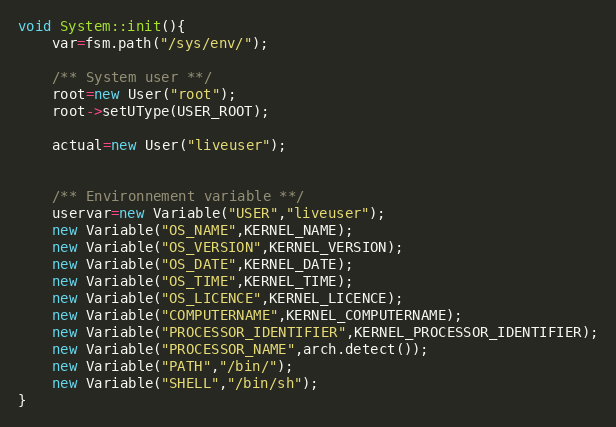
Language: C++
void System::init(){
	var=fsm.path("/sys/env/");

	/** System user **/
	root=new User("root");
	root->setUType(USER_ROOT);

	actual=new User("liveuser");

	/** Environnement variable **/
	uservar=new Variable("USER","liveuser");
	new Variable("OS_NAME",KERNEL_NAME);
	new Variable("OS_VERSION",KERNEL_VERSION);
	new Variable("OS_DATE",KERNEL_DATE);
	new Variable("OS_TIME",KERNEL_TIME);
	new Variable("OS_LICENCE",KERNEL_LICENCE);
	new Variable("COMPUTERNAME",KERNEL_COMPUTERNAME);
	new Variable("PROCESSOR_IDENTIFIER",KERNEL_PROCESSOR_IDENTIFIER);
	new Variable("PROCESSOR_NAME",arch.detect());
	new Variable("PATH","/bin/");
	new Variable("SHELL","/bin/sh");
}